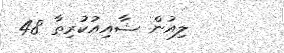
ލިއުން ޝާއިއުކުރިތާ 48